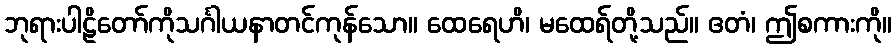
ဘုရားပါဠိတော်ကိုသင်္ဂါယနာတင်ကုန်သော။ ထေရေဟိ၊ မထေရ်တို့သည်။ ဧတံ၊ ဤစကားကို။